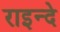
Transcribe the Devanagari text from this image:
राइन्दे